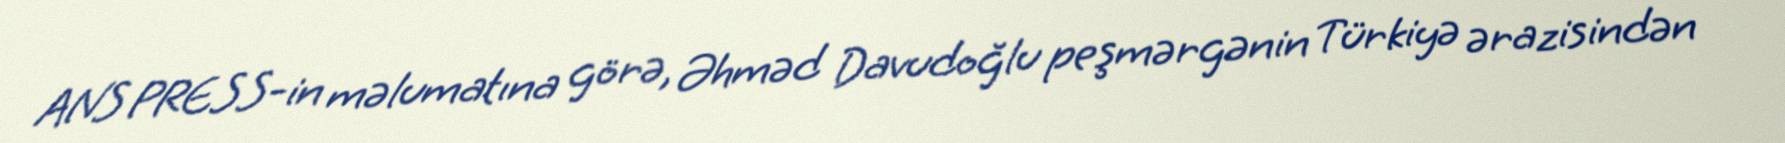
ANS PRESS-in məlumatına görə, Əhməd Davudoğlu peşmərgənin Türkiyə ərazisindən